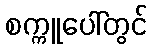
စက္ကူပေါ်တွင်